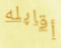
أقابله